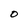
Character: O